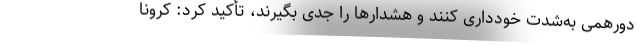
دورهمی به‌شدت خودداری کنند و هشدارها را جدی بگیرند، تأکید کرد: کرونا